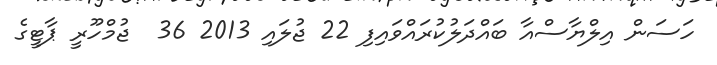
ހަސަން އިލްޔާސްއާ ބައްދަލުކުރައްވައިފި 22 ޖުލައި 2013 36  ޖުމްހޫރީ ޕާޓީގެ